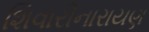
શિવારીનારાયણ